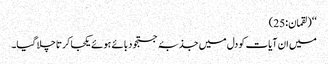
‘‘ (لقمان:25)
میں ان آیات کو دل میں جذبۂ جستجو دبائے ہوئے یکجا کرتا چلا گیا۔